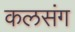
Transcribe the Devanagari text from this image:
कलसंग